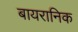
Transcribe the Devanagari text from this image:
बायरानिक